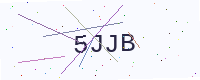
Text: 5JJB